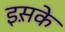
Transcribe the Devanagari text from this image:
इस़के